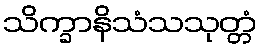
သိက္ခာနိသံသသုတ္တံ